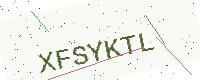
Text: XFSYKTL